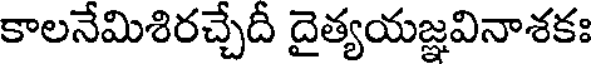
కాలనేమిశిరచ్చేదీ దైత్యయజ్ఞవినాశకః